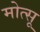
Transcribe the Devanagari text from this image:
मोत्सू